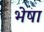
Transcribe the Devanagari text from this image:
भेषा